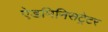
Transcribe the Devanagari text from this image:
ऐडमिनिसट्रेटर